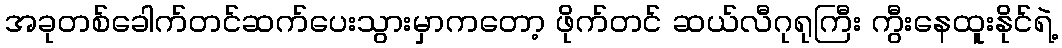
အခုတစ်ခေါက်တင်ဆက်ပေးသွားမှာကတော့ ဖိုက်တင် ဆယ်လီဂုရုကြီး ကွီးနေထူးနိုင်ရဲ့